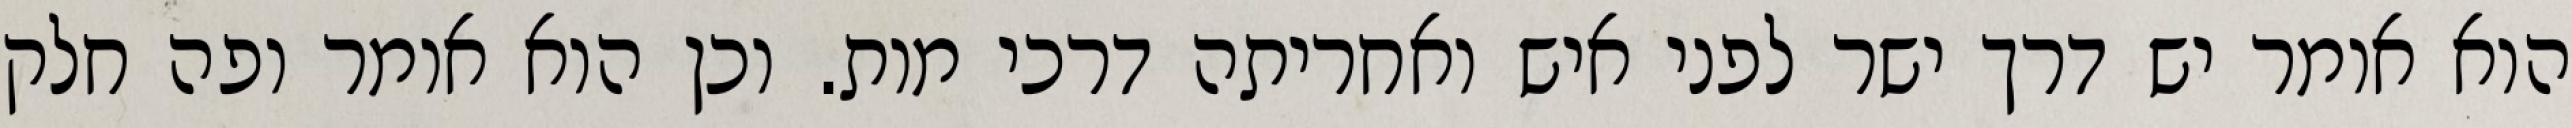
הוא אומר יש דרך ישר לפני איש ואחריתה דרכי מות. וכן הוא אומר ופה חלק